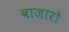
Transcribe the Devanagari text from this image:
बाजारो